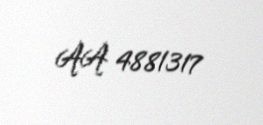
AA 4881317